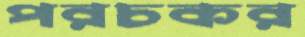
পরচকর